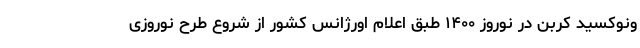
ونوکسید کربن در نوروز ۱۴۰۰ طبق اعلام اورژانس کشور از شروع طرح نوروزی